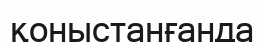
қоныстанғанда